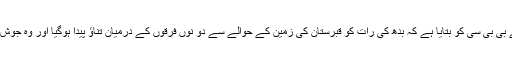
بھرت پور میں گوپال گڑھ کے پولیس سپریٹنڈنٹ ہینگ لاج دان نے بی بی سی کو بتایا ہے کہ بدھ کی رات کو قبرستان کی زمین کے حوالے سے دو نوں فرقوں کے درمیان تناؤ پیدا ہوگیا اور وہ جوش میں سڑکوں پر نکل کے ایک دوسرے کے سامنے کھڑے ہوگئے۔